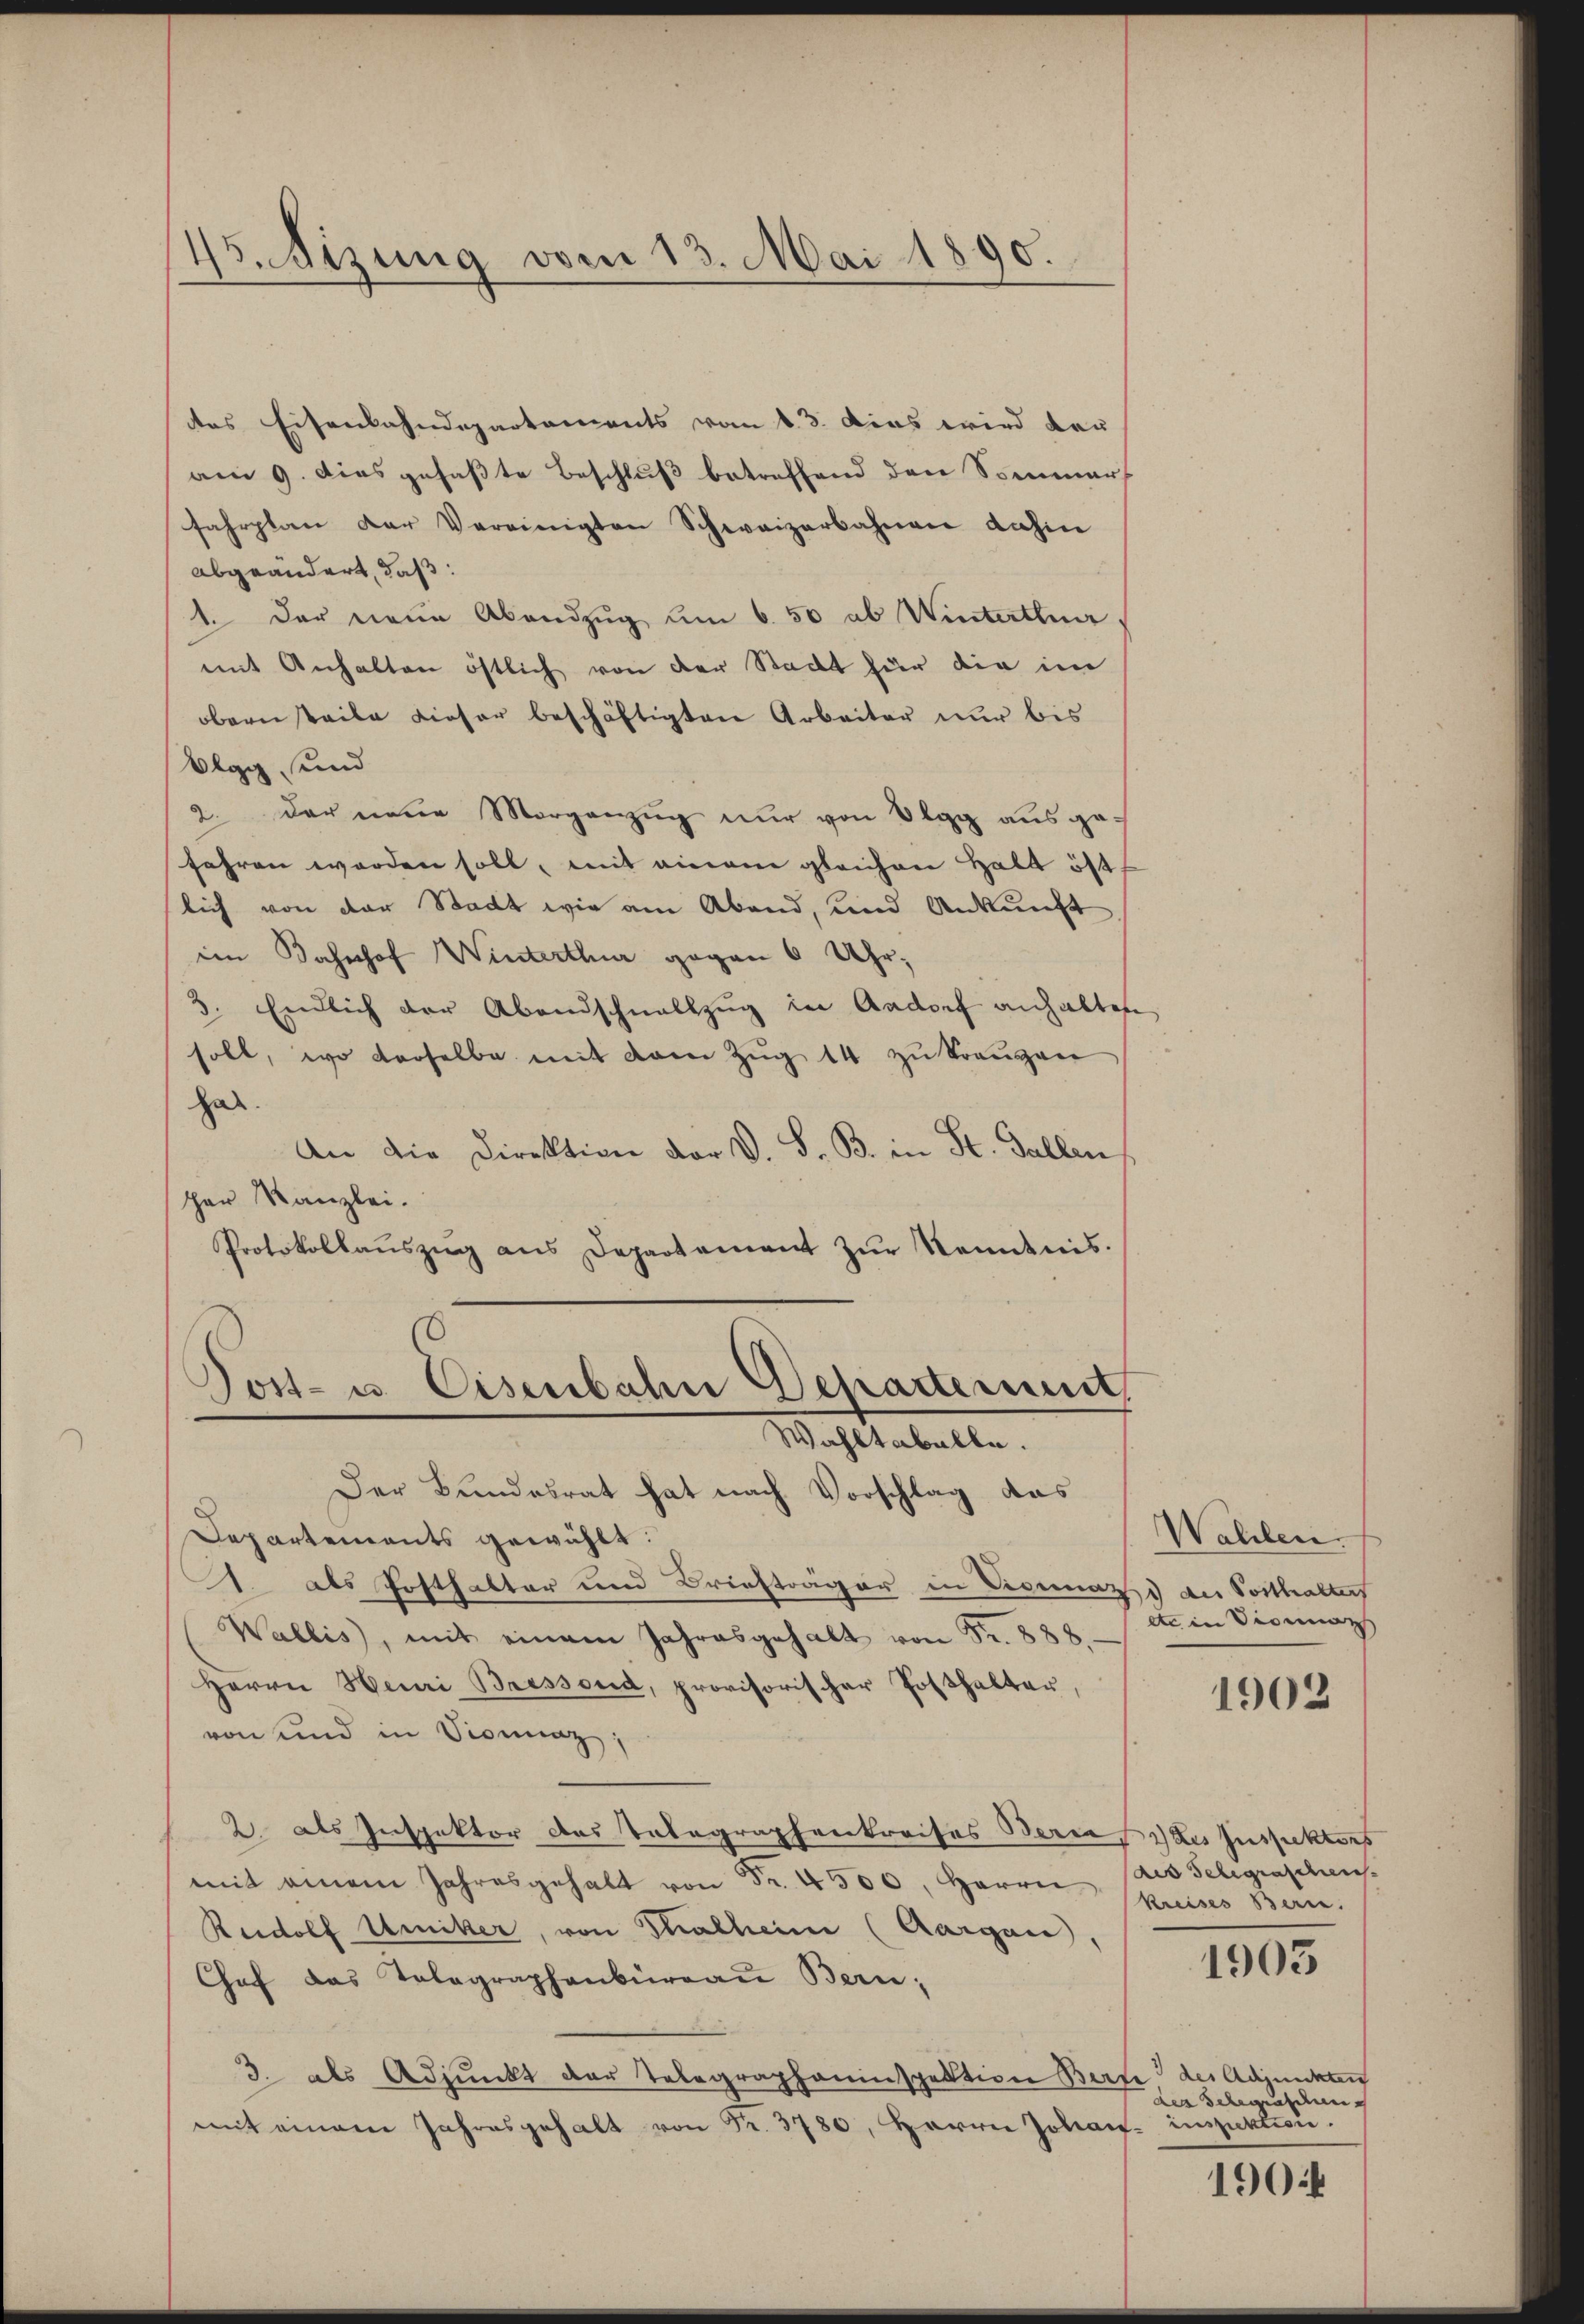
45. izung vom 13. Mai 1890.

des Eisenbahndepartements vom 13. Das wird den
am 9. dies gefaßte Beschluß betreffend den Sommer
fahrplan der Vereinigten Schweizerbahnen dahin
abgeändert, daß:
1. Der neue Abendzug um 6. 50 ab Winterthurmit Anhalten östlich von der Stadt für die im
obern teile dieser beschäftigten Arbeiter nur bis
Olgg und
2. der neue Morgenzug nur von Elgg ausgefahren worden soll, mit einem gleichen Halt öft
lich von der Stadt wir am Abend, und Ankunft.
im Bahnhof Winterthur gegen 6 Uhr,
3. Endlich der Abendschnallzug in Aadorf anhalten
soll, wo derselbe mit dann Zŭg 14 zŭ trangen
hat.
An die Direktion der V. S. B. in St. Gallen,
her Kanzlei.
Protokollaŭszŭg ans Departement zŭr Kenntnis.
Post- u. Eisenbahn Departement,

Wahltabelle.
Der Bundesrat hat nach Vorschlag das

Departements gewählt:
1. als Posthalter und Briefträger in Vicemand der Vorthalter
Wallis, mit einem Jahresgehalt von Fr. 888.
Herrn Henri Bressend, provisorischer Posthalter,
von und in Sienaz;
2. als Inspektor das Telegraphenkreises Berne des Inspektors
mit einem Jahresgehalt von Fr. 4500, Herrn Kreises Bern.
Reidolf Umiker, von Thalheim (Aargau,
Chef das Telegraphenbüreau Bern;
3. als Adjunkt der Telegrapheninspektion Berte der Adjunkten
mit einem Jahresgehalt von Fr. 3780, Herrn Johan inspektion.

Walden.
ete in Vicar
1902

des Telegraschen.
1905

des Belegradung

1904